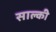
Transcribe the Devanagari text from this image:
साल्की